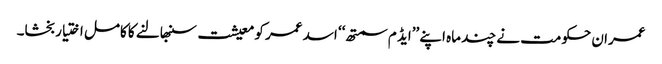
عمران حکومت نے چند ماہ اپنے ’’ایڈ م سمتھ‘‘ اسد عمر کو معیشت سنبھالنے کا کامل اختیار بخشا۔